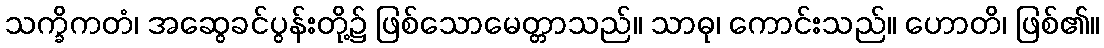
သက္ခိကတံ၊ အဆွေခင်ပွန်းတို့၌ ဖြစ်သောမေတ္တာသည်။ သာဓု၊ ကောင်းသည်။ ဟောတိ၊ ဖြစ်၏။